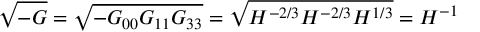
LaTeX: \sqrt { - G } = \sqrt { - G _ { 0 0 } G _ { 1 1 } G _ { 3 3 } } = \sqrt { H ^ { - 2 / 3 } H ^ { - 2 / 3 } H ^ { 1 / 3 } } = H ^ { - 1 }